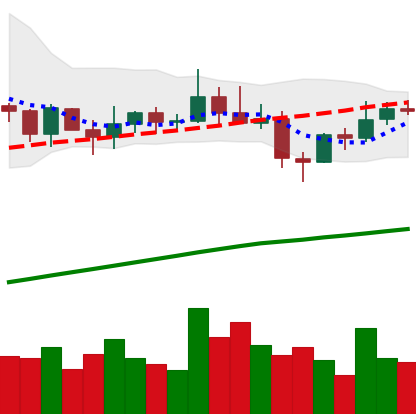
Ticker: XLM-USD
Chart end date: 2021-03-30
Forward return: 7.85%
Label: up_7plus